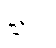
သိုင်း